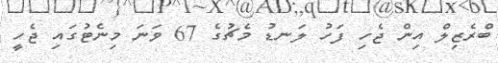
ބްރެޒިލް އިން ޖެހި ފަހު ލަނޑު މެޗުގެ 67 ވަނަ މިނެޓުގައި ޖެހީ